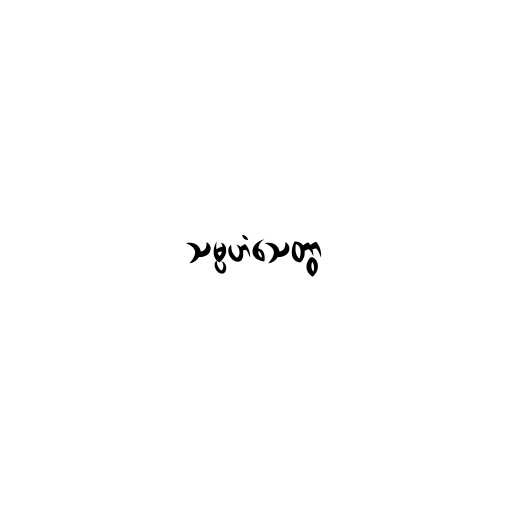
သမ္ပဟံသေတွာ